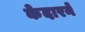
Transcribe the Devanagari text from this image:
केदारने